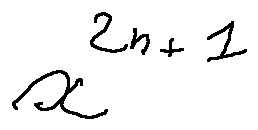
x ^ { 2 n + 1 }